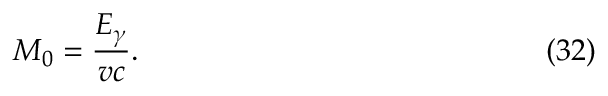
M _ { 0 } = \frac { E _ { \gamma } } { v c } . \eqno ( 3 2 )